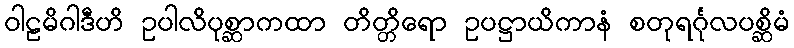
ဝါဠမိဂါဒီဟိ ဥပါလိပုစ္ဆာကထာ တိတ္တိရော ဥပဋ္ဌာယိကာနံ စတုရင်္ဂုလပစ္ဆိမံ